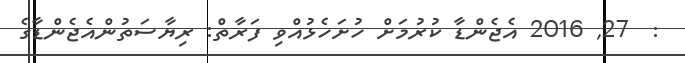
:  27